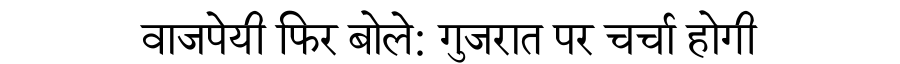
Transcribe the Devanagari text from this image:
वाजपेयी फिर बोले: गुजरात पर चर्चा होगी